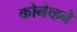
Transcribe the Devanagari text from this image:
कोनेव्हने